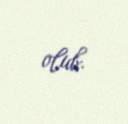
olub.